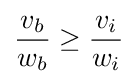
{\frac {v_{b}}{w_{b}}}\geq {\frac {v_{i}}{w_{i}}}